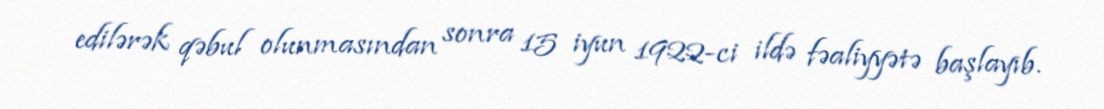
edilərək qəbul olunmasından sonra 15 iyun 1922-ci ildə fəaliyyətə başlayıb.